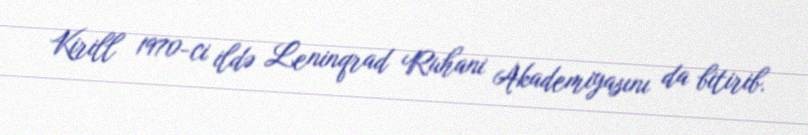
Kirill 1970-ci ildə Leninqrad Ruhani Akademiyasını da bitirib.